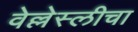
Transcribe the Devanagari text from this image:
वेल्लेस्लीचा